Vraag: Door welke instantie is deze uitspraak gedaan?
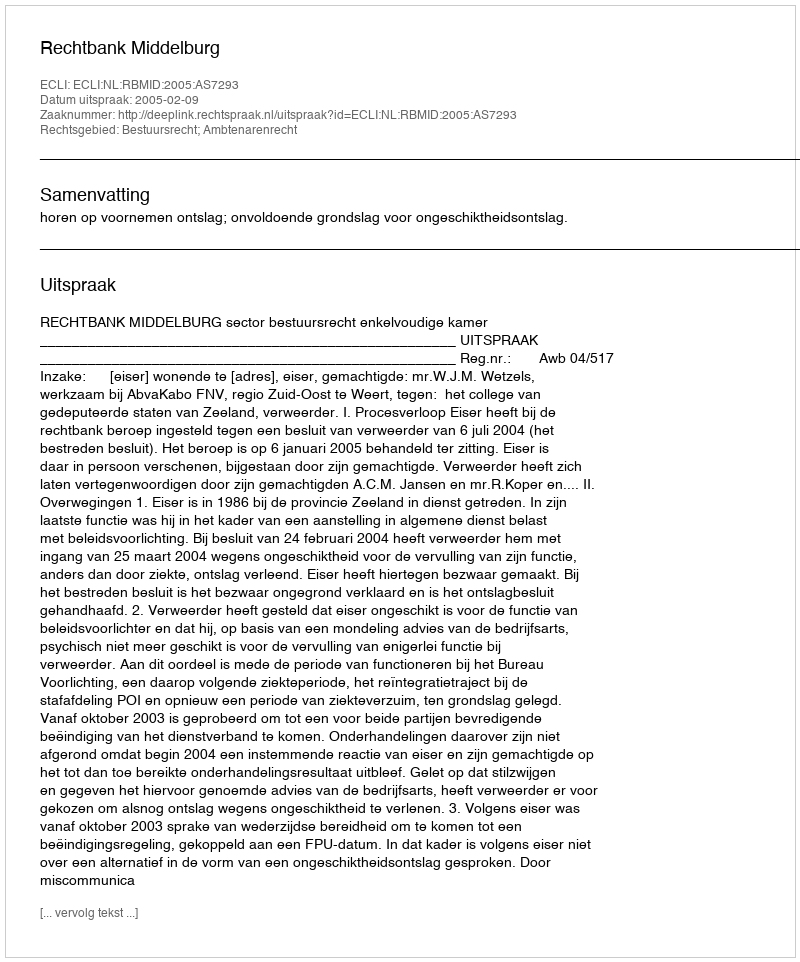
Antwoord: Rechtbank Middelburg